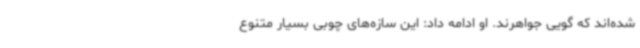
شده‌اند که گویی جواهرند. او ادامه داد: این سازه‌های چوبی بسیار متنوع